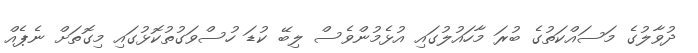
ދުވާލުގެ މަސައްކަތުގެ ބުރަ މާހައުލުގައި އުޅެމުންވެސް ލިބޭ ކުޑަ ހުސްވަގުތުކޮޅުގައި މިގޮތަށް ނެޕެއް